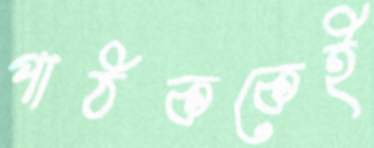
পাঠককেই